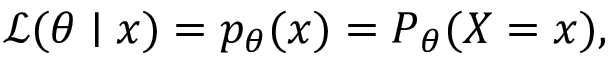
{ \mathcal { L } } ( \theta \mid x ) = p _ { \theta } ( x ) = P _ { \theta } ( X = x ) ,